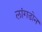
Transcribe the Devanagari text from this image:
लांगडोन